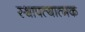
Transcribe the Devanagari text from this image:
स्थापत्यात्मक